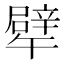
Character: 𱑔